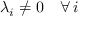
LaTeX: \lambda _ { i } \neq 0 \quad \forall \, i